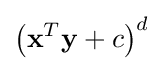
\left(\mathbf {x} ^{T}\mathbf {y} +c\right)^{d}